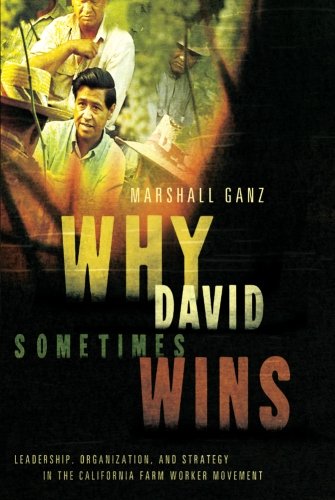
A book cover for Why David Sometimes Wins: Leadership, Organization, and Strategy in the California Farm Worker Movement; Marshall Ganz; Science & Math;